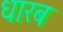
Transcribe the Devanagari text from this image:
धारब